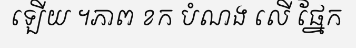
ឡើយ ។ភាព ខក បំណង លើ ផ្នែក